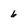
Character: 6